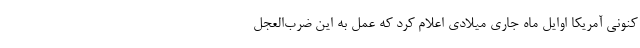
کنونی آمریکا اوایل ماه جاری میلادی اعلام کرد که عمل به این ضرب‌العجل